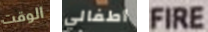
الوقت أطفالي FIRE